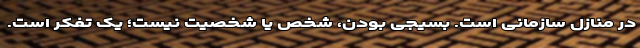
در منازل سازمانی است. بسیجی بودن، شخص یا شخصیت نیست؛ یک تفکر است.